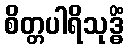
စိတ္တပါရိသုဒ္ဓိံ